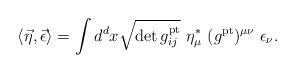
LaTeX: \begin{align*}\langle \vec\eta,\vec\epsilon\rangle =\int d^{d}x \sqrt{\det g^{\rm pt}_{ij}}\ \eta_{\mu}^{*}\ (g^{\rm pt})^{\mu\nu}\ \epsilon_{\nu}.\end{align*}